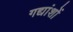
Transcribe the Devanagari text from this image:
गद्यांशों